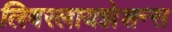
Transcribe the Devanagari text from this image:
लिबरलायझेशन्स